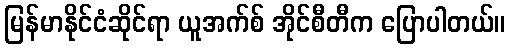
မြန်မာနိုင်ငံဆိုင်ရာ ယူအက်စ် အိုင်စီတီက ပြောပါတယ်။